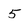
Character: 5